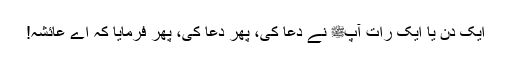
ایک دن یا ایک رات آپﷺ نے دعا کی، پھر دعا کی، پھر فرمایا کہ اے عائشہ!